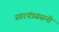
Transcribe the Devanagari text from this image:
स्वरयंत्रग्रसनी